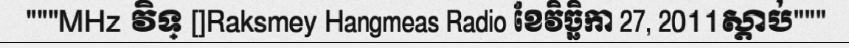
"""MHz វិទ្ []Raksmey Hangmeas Radio ខែវិច្ឆិកា 27, 2011ស្តាប់"""